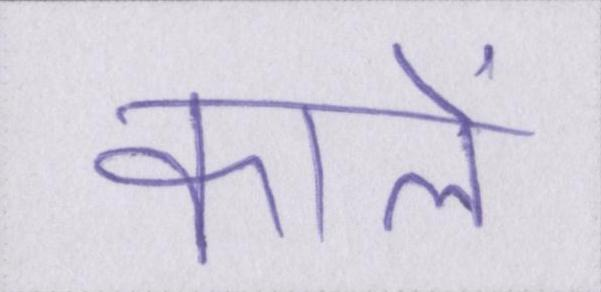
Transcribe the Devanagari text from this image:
कॉलें